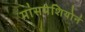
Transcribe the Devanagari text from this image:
मांसपेशियोनं